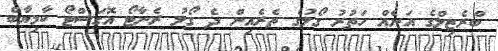
ބްރެޒިލްގެ އަނެއް ހަތުރު ގޯލުގެ ތެރެއިން ދެ ގޯލު ރެނާޓޯ އޮގަސްޓޯ ކާމިޔާބް